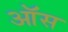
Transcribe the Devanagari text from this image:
ऑस